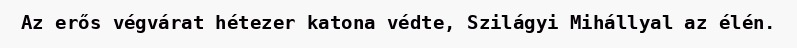
Az erős végvárat hétezer katona védte, Szilágyi Mihállyal az élén.